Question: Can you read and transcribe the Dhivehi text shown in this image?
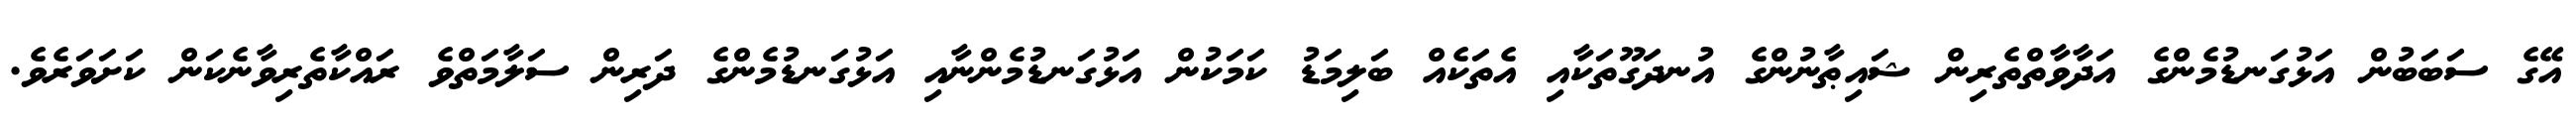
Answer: އޭގެ ސަބަބުން އަޅުގަނޑުމެންގެ އަދާވާތްތެރިން ޝައިޠާނުންގެ އުނދަގޫތަކާއި އެތަކެއް ބަލިމަޑު ކަމަކުން އަޅުގަނޑުމެންނާއި އަޅުގަނޑުމެންގެ ދަރިން ސަލާމަތްވެ ރައްކާތެރިވާނެކަން ކަށަވަރެވެ.